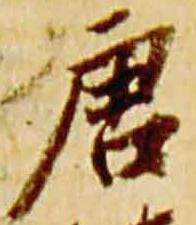
唐